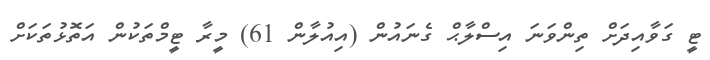
ޓީ ގަވާއިދަށް ތިންވަނަ އިސްލާޙް ގެނައުން (އިއުލާން 61) މީރާ ޓީމްތަކުން އަތޮޅުތަކަށް